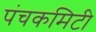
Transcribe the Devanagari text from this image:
पंचकमिटी